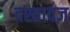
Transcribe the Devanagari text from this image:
दस्तावज़